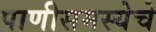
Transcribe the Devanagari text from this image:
पाणीसमस्येचे